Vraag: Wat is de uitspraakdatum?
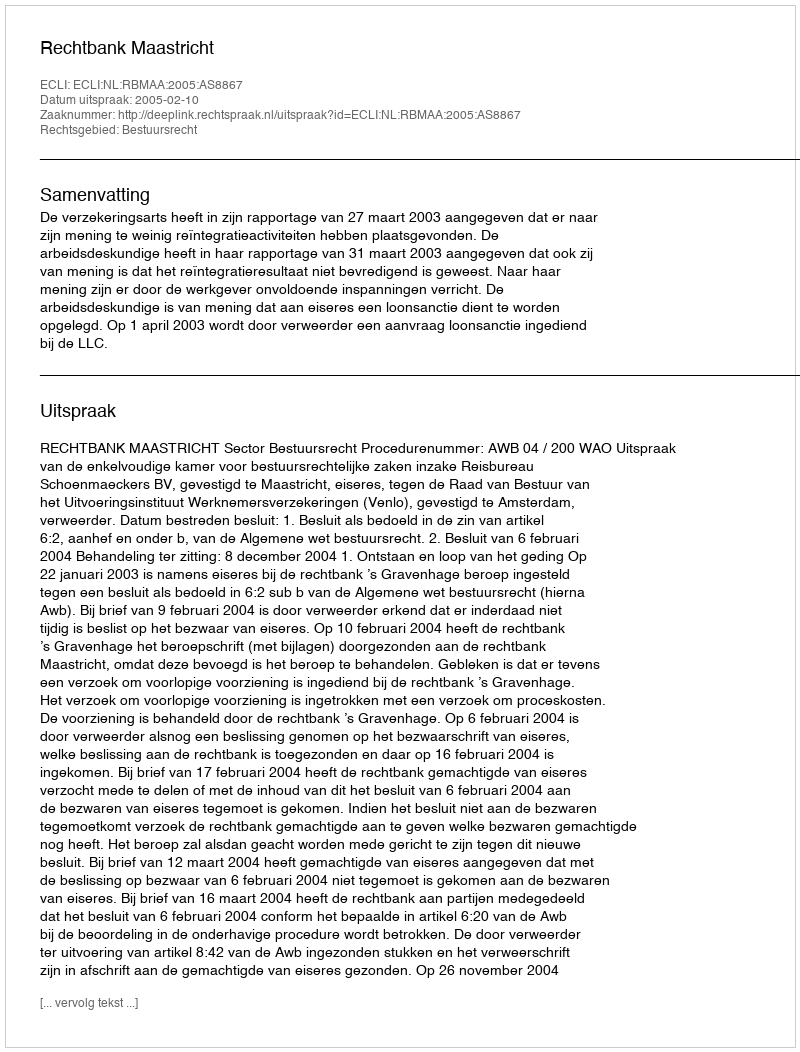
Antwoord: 2005-02-10